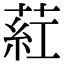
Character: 葒